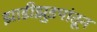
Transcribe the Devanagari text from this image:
झाडीझुडपांतून